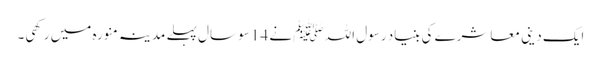
ایک دینی معاشرے کی بنیاد رسول اللہ ﷺ نے 14 سو سال پہلے مدینہ منورہ میں رکھی۔